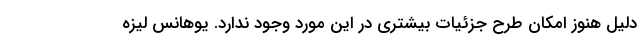
دلیل هنوز امکان طرح جزئیات بیشتری در این مورد وجود ندارد. یوهانس لیزه